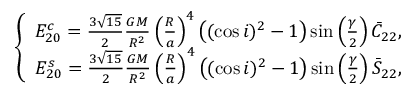
\left\{ \begin{array} { c } { E _ { 2 0 } ^ { c } = \frac { 3 \sqrt { 1 5 } } { 2 } \frac { G M } { R ^ { 2 } } \left( \frac { R } { a } \right) ^ { 4 } \left( ( \cos i ) ^ { 2 } - 1 \right) \sin \left( \frac { \gamma } { 2 } \right) \bar { C } _ { 2 2 } , } \\ { E _ { 2 0 } ^ { s } = \frac { 3 \sqrt { 1 5 } } { 2 } \frac { G M } { R ^ { 2 } } \left( \frac { R } { a } \right) ^ { 4 } \left( ( \cos i ) ^ { 2 } - 1 \right) \sin \left( \frac { \gamma } { 2 } \right) \bar { S } _ { 2 2 } , } \end{array} \right.